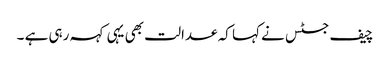
چیف جسٹس نے کہا کہ عدالت بھی یہی کہہ رہی ہے ۔